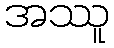
အဿူ